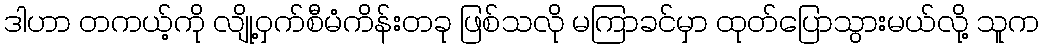
ဒါဟာ တကယ့်ကို လျို့ဝှက်စီမံကိန်းတခု ဖြစ်သလို မကြာခင်မှာ ထုတ်ပြောသွားမယ်လို့ သူက